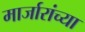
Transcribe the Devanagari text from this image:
मार्जारांच्या